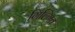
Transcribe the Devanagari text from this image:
गिल्गित